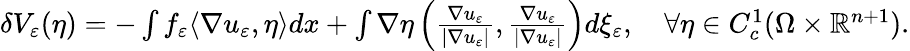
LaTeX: \begin{array}{r}{\delta V_{\varepsilon}(\eta)=-\int f_{\varepsilon}\langle\nabla u_{\varepsilon},\eta\rangle dx+\int\nabla\eta\left(\frac{\nabla u_{\varepsilon}}{|\nabla u_{\varepsilon}|},\frac{\nabla u_{\varepsilon}}{|\nabla u_{\varepsilon}|}\right)d\xi_{\varepsilon},\quad\forall\eta\in C_{c}^{1}(\Omega\times\mathbb R^{n+1}).}\end{array}